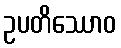
ဥပတိဿောဝ